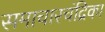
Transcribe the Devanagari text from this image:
समाचारचंद्रिका